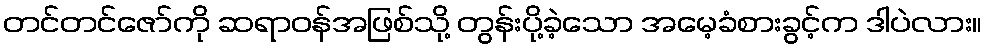
တင်တင်ဇော်ကို ဆရာဝန်အဖြစ်သို့ တွန်းပို့ခဲ့သော အမေ့ခံစားခွင့်က ဒါပဲလား။